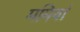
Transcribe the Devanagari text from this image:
ममियां